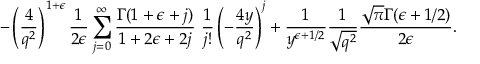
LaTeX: - \left( \frac { 4 } { q ^ { 2 } } \right) ^ { 1 + \epsilon } \frac { 1 } { 2 \epsilon } \sum _ { j = 0 } ^ { \infty } \frac { \Gamma ( 1 + \epsilon + j ) } { 1 + 2 \epsilon + 2 j } ~ \frac { 1 } { j ! } \left( - \frac { 4 y } { q ^ { 2 } } \right) ^ { j } + \frac { 1 } { y ^ { \epsilon + 1 / 2 } } \frac { 1 } { \sqrt { q ^ { 2 } } } \frac { \sqrt { \pi } \Gamma ( \epsilon + 1 / 2 ) } { 2 \epsilon } .